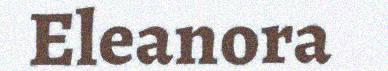
Eleanora